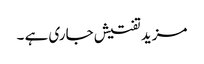
مزید تفتیش جاری ہے ۔